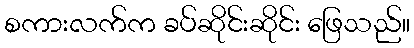
စကားလက်က ခပ်ဆိုင်းဆိုင်း ဖြေသည်။